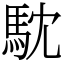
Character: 馾